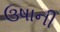
ઉષાની